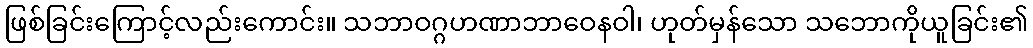
ဖြစ်ခြင်းကြောင့်လည်းကောင်း။ သဘာဝဂ္ဂဟဏာဘာဝေနဝါ၊ ဟုတ်မှန်သော သဘောကိုယူခြင်း၏